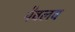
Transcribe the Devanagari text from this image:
पैवलव